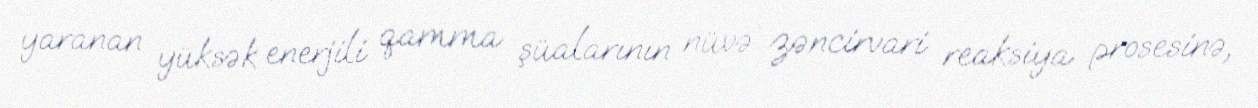
yaranan yüksək enerjili qamma şüalarının nüvə zəncirvari reaksiya prosesinə,